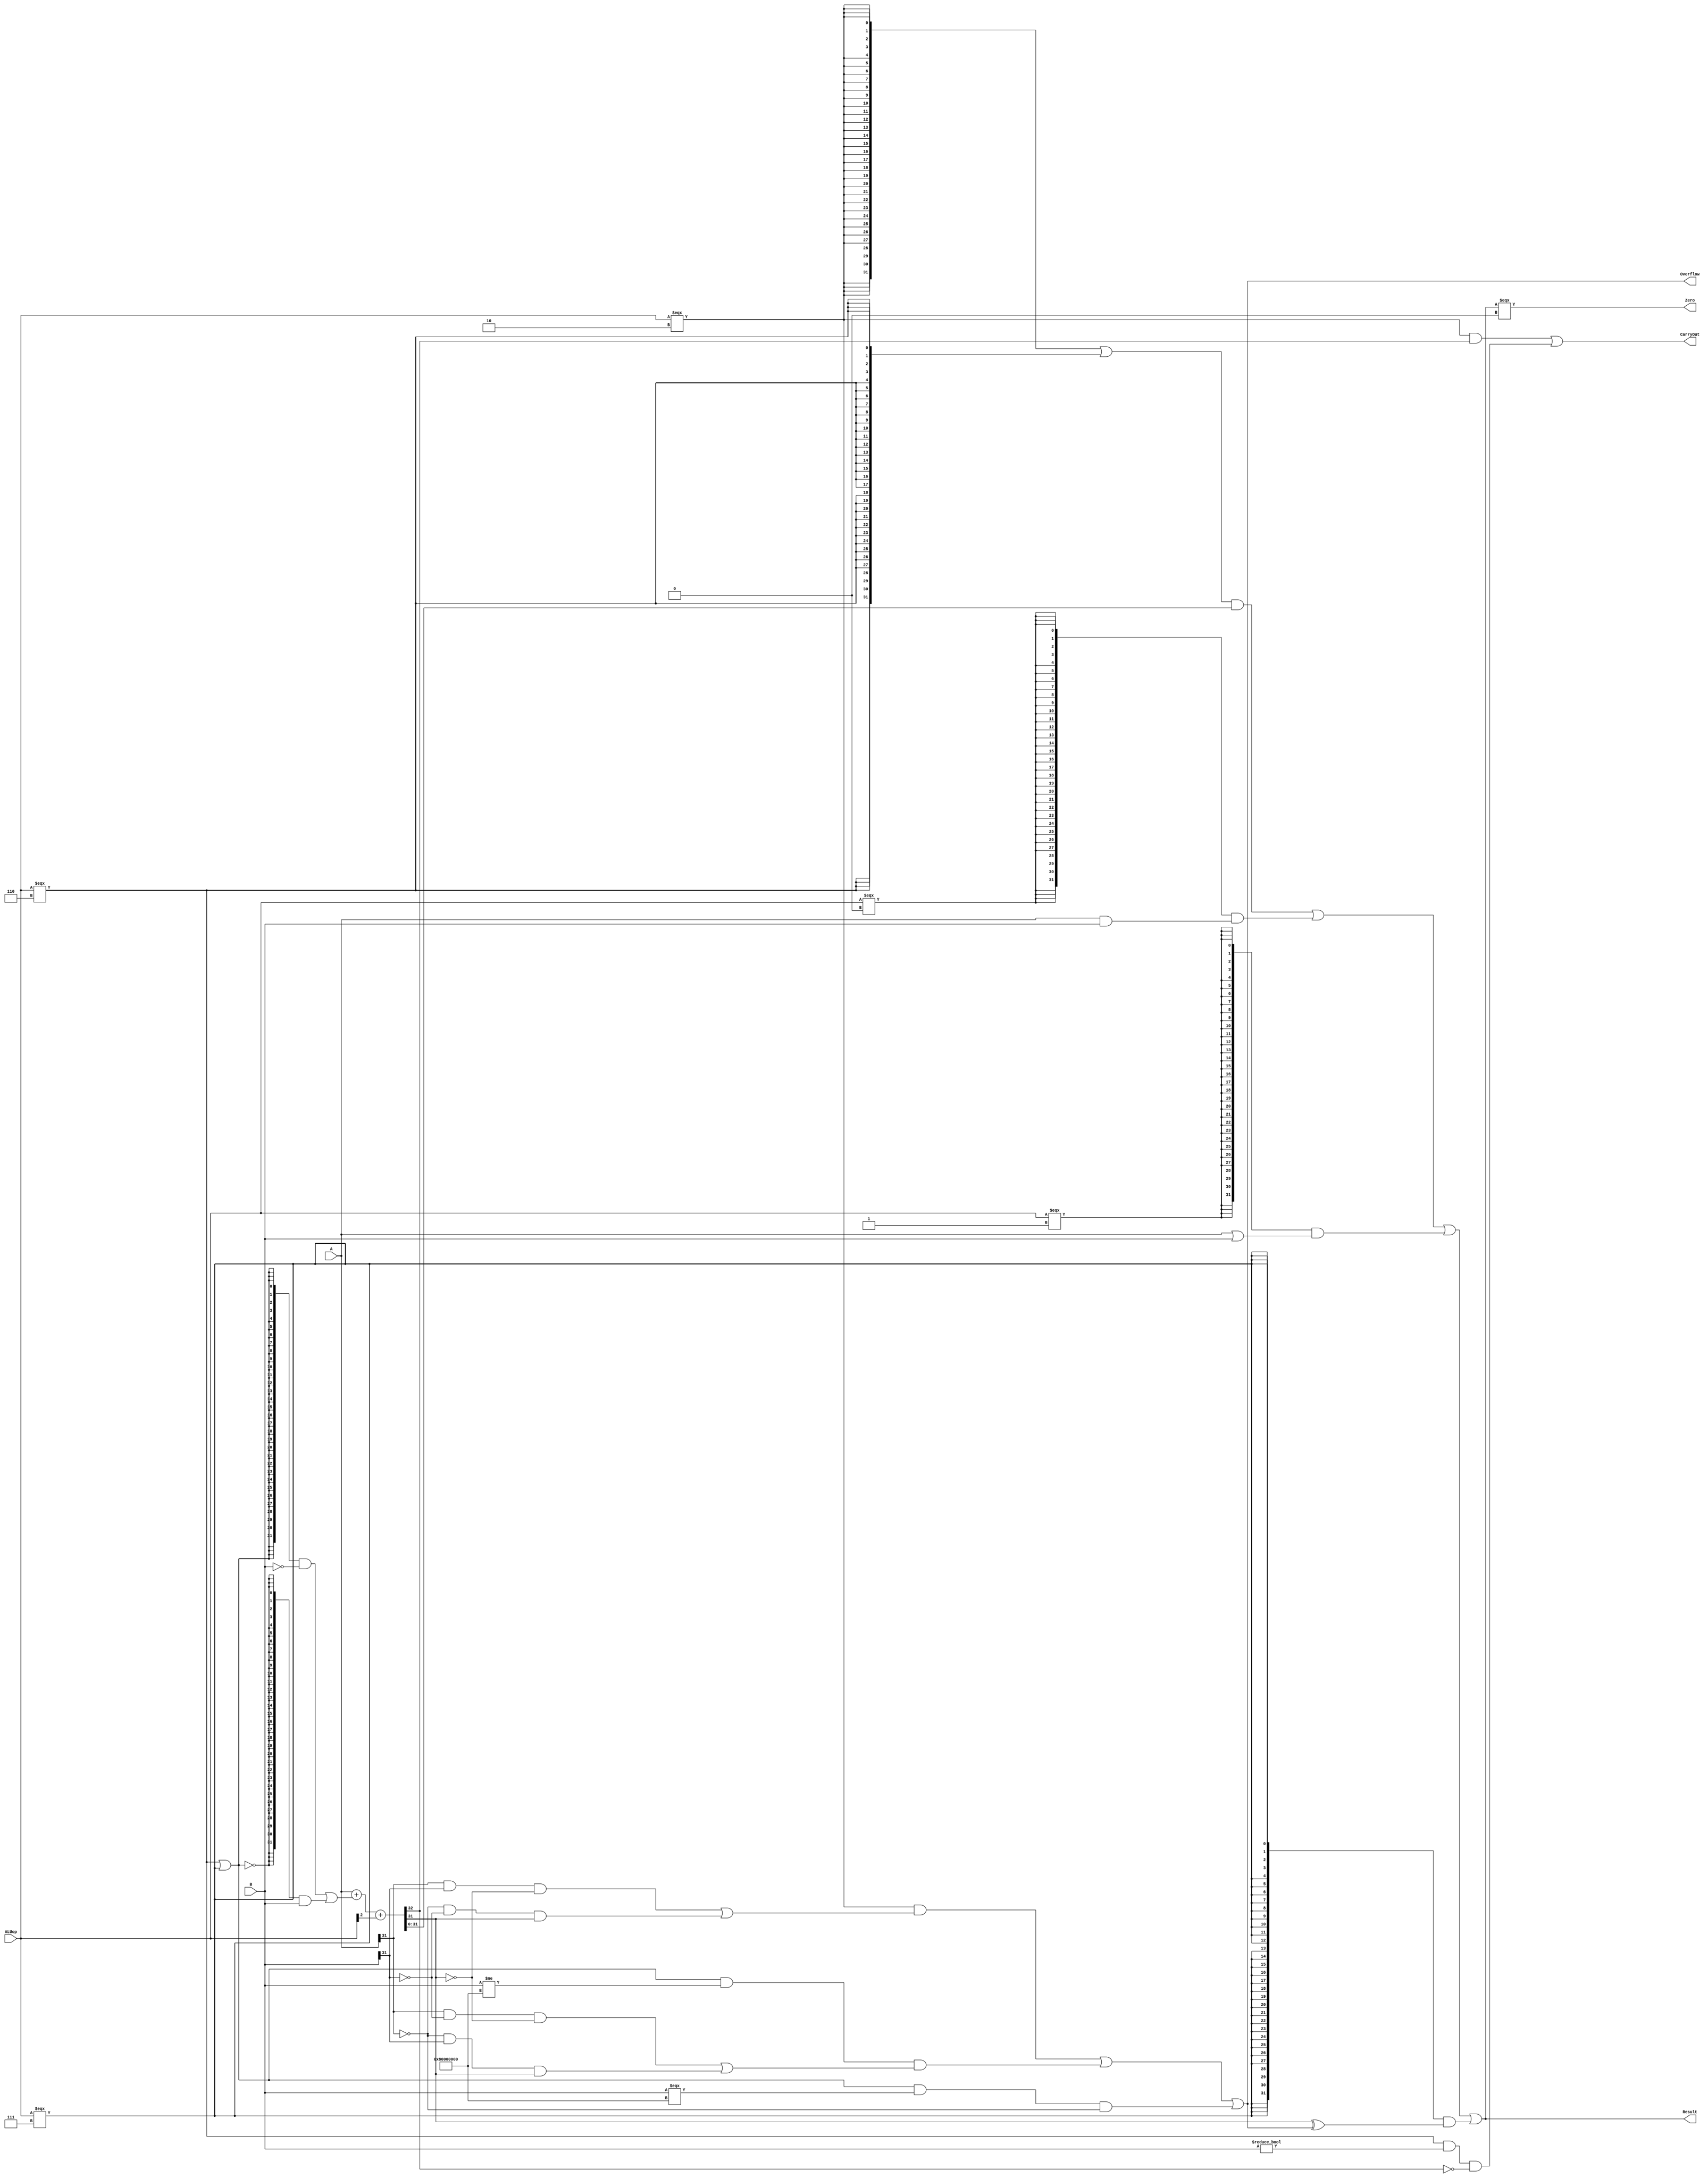
`timescale 10 ns / 1 ns

`define DATA_WIDTH 32

module alu(
	input  [`DATA_WIDTH - 1:0]  A,
	input  [`DATA_WIDTH - 1:0]  B,
	input  [              2:0]  ALUop,
	output                      Overflow,
	output                      CarryOut,
	output                      Zero,
	output [`DATA_WIDTH - 1:0]  Result
);
	// TODO: Please add your logic design here
	wire AND,OR,ADD,SUB,SLT;		//
	wire [`DATA_WIDTH - 1:0] re_ADDSUB;	///
	wire [`DATA_WIDTH - 1:0] re_SLT;	//
	wire re_CarryOut;	//

	//ALUop
	assign AND = (ALUop === 3'b000);			
	assign OR = (ALUop === 3'b001);
	assign ADD = (ALUop === 3'b010);
	assign SUB = (ALUop === 3'b110);
	assign SLT = (ALUop === 3'b111);

	///
	assign {re_CarryOut,re_ADDSUB} = {1'b0, A} + {1'b0, ({32{(SUB | SLT)}} & ~B) | ({32{~(SUB | SLT)}} & B)} + {31'b0, ALUop[2]};			
	assign re_SLT = {31'b0,(re_ADDSUB[31] ^ Overflow)};	//A>=BA<B
	
	/*
	**CarryOutB00
	**OverflowAB0
	**Result
	**ZeroResult0Zero10
	*/
	assign CarryOut = (ADD & re_CarryOut) | (SUB & (B!=32'b0) & ~re_CarryOut);
	assign Overflow = (ADD & (((A[31] & B[31]) & ~re_ADDSUB[31]) | ((~A[31] & ~B[31]) & re_ADDSUB[31]))) |
			  (((SUB | SLT) & (B != 32'h80000000)) & (((A[31] & ~B[31]) & ~re_ADDSUB[31]) | ((~A[31] & B[31]) & re_ADDSUB[31]))) |
			  (((SUB | SLT) & (B === 32'h80000000)) & ~A[31]);
	assign Result = (({32{ADD}} | {32{SUB}}) & re_ADDSUB) | ({32{AND}} & (A & B)) | ({32{OR}} & (A | B)) | ({32{SLT}} & re_SLT);
	assign Zero = ((Result === 32'b0) & 1) | (!(Result === 32'b0) & 0);
endmodule